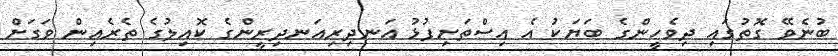
ބުނެވޭ ގޮތުގައި ދިވެހީންގެ ބަޔަކު އެ އިސްތަށިފުޅު އަނދިރިއަނދިރީންގެ ކޮއިލުގެ ތެރެއިން ވަގަށް